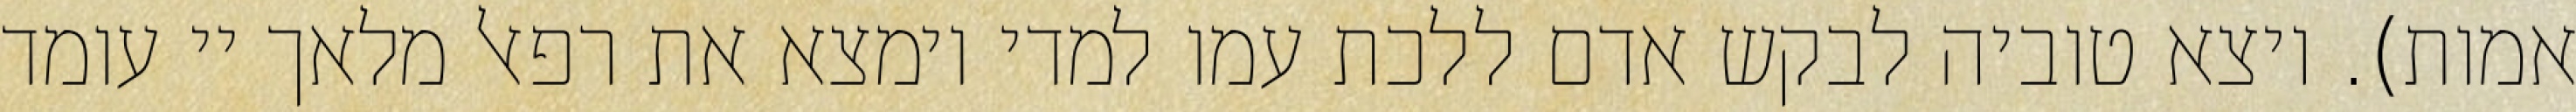
אמות). ויצא טוביה לבקש אדם ללכת עמו למדי וימצא את רפאל מלאך יי עומד